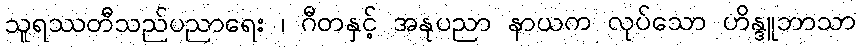
သူရဿတီသည်ပညာရေး ၊ ဂီတနှင့် အနုပညာ နာယက လုပ်သော ဟိန္ဒူဘာသာ